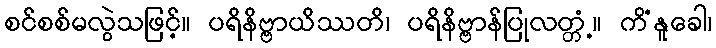
စင်စစ်မလွဲသဖြင့်။ ပရိနိဗ္ဗာယိဿတိ၊ ပရိနိဗ္ဗာန်ပြုလတ္တံ့။ ကိံနူခေါ၊